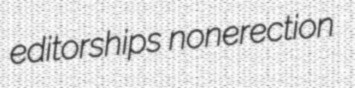
editorships nonerection